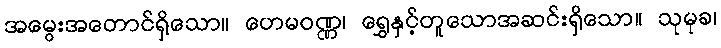
အမွေးအတောင်ရှိသော။ ဟေမဝဏ္ဏ၊ ရွှေနှင့်တူသောအဆင်းရှိသော။ သုမုခ၊